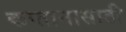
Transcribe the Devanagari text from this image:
कप्तानासाठी